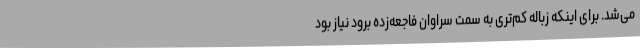
می‌شد. برای اینکه زباله کم‌تری به سمت سراوان فاجعه‌زده برود نیاز بود